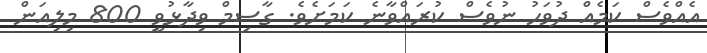
އެއްވެސް ކަމެއް ދުވަހު ނުވެސް ކުރައްވާނެ ކަމަށެވެ. ގާސިމް ވިދާޅުވީ 800 މިލިއަން